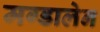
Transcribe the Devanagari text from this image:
मग्डालेन